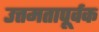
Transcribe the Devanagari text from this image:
उत्तमतापूर्वक